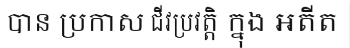
បាន ប្រកាស ជីវប្រវត្តិ ក្នុង អតីត